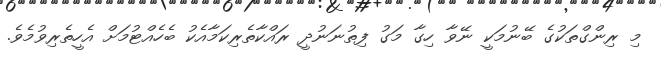
މި ރިންގްތަކުގެ ބޭނުމަކީ ނޭވާ ހިގާ މަގު ފިތުނަނުދީ ރައްކާތެރިކަމާއެކު ބެހެއްޓުމަށް އެހީތެރިވުމެވެ.